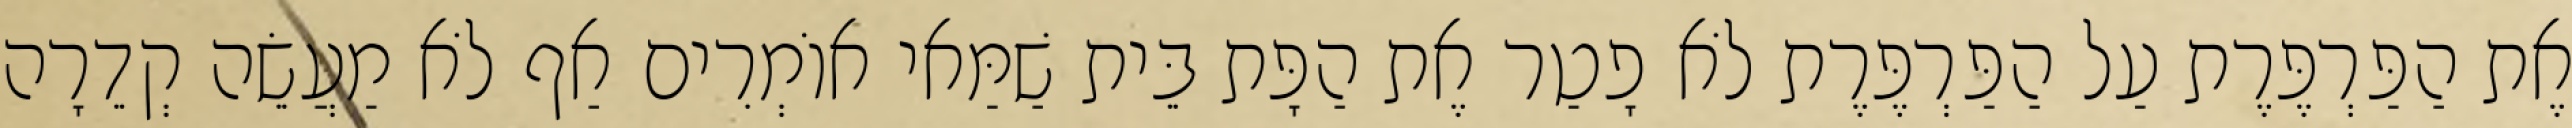
אֶת הַפַּרְפֶּרֶת עַל הַפַּרְפֶּרֶת לֹא פָטַר אֶת הַפָּת בֵּית שַׁמַּאי אוֹמְרִים אַף לֹא מַעֲשֵׂה קְדֵרָה